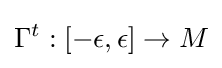
\Gamma ^{t}:[-\epsilon ,\epsilon ]\to M